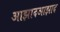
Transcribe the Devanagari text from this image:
आझादआझाद